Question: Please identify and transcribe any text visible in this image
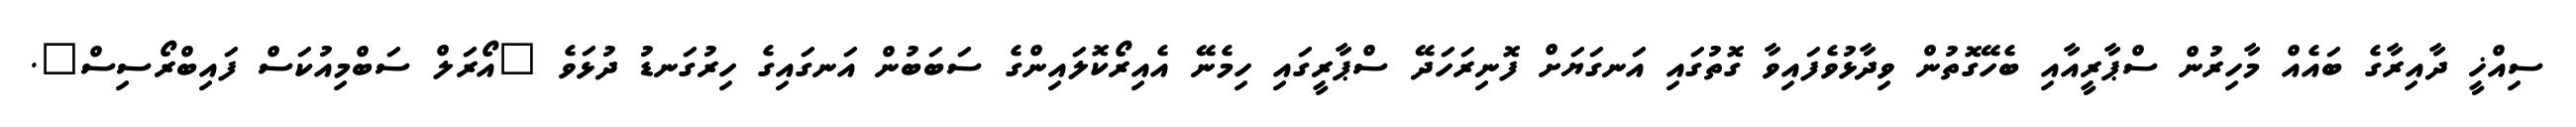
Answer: ސިއްޚީ ދާއިރާގެ ބައެއް މާހިރުން ސްޕާރީއާއި ބެހޭގޮތުން ވިދާޅުވެފައިވާ ގޮތުގައި އަނގަޔަށް ފޮނިރަހަދޭ ސްޕާރީގައި ހިމެނޭ އެއިރޯކޮލައިންގެ ސަބަބުން އަނގައިގެ ހިރުގަނޑު ދުޅަވެ "އޯރަލް ސަބްމިއުކަސް ފައިބްރޯސިސް".